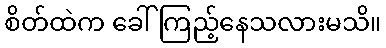
စိတ်ထဲက ခေါ်ကြည့်နေသလားမသိ။